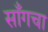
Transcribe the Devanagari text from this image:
साँगचा